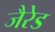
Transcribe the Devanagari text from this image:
जैरेड